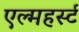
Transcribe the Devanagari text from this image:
एल्महर्स्ट